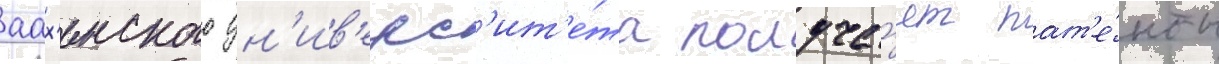
аах'енского ун'ив'ерс'ит'е́та получа́ет пат'е́нты